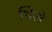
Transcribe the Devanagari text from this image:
थिले